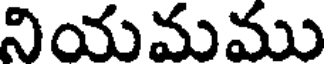
నియమము